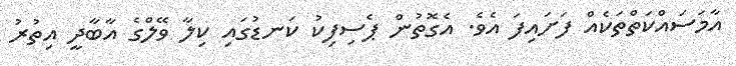
އާމަސައްކަތްތަކެއް ފަށައިފަ އެވެ. އެގޮތުން ޕެސިފިކު ކަނޑުގައި ކިލާ ވޭލްގެ އާބާދީ އިތުރު